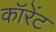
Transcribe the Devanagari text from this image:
कॉरेंट